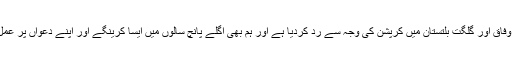
انہوں نے کہا کہ پیپلزپارٹی کو دیگر جماعتوں کو وفاق اور گلگت بلتستان میں کرپشن کی وجہ سے رد کردیا ہے اور ہم بھی اگلے پانچ سالوں میں ایسا کرینگے اور اپنے دعواں پر عمل درآمد نہیں کرینگے تو ہمارا بھی یہیں حال ہوگا ۔